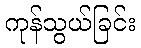
ကုန်သွယ်ခြင်း